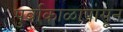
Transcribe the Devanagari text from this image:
पुर्वाकाळापासून